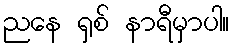
ညနေ ရှစ် နာရီမှာပါ။